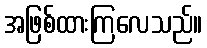
အဖြစ်ထားကြလေသည်။